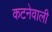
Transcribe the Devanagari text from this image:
कटनेवाली